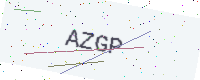
Text: AZGP